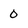
Character: 0